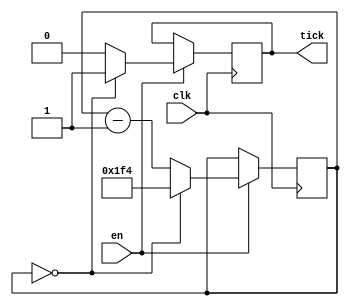
module divide2k5(en, clk, tick);
	input en, clk;
	output tick;
	parameter N2k5 = 500;
	initial tick = 0;
	reg [11:0] count;
	reg tick;
	always @ (posedge clk)
		if(en==1) begin
			if(count==1'b0) begin
				tick<=1'b1;
				count<=N2k5;
			end
			else begin
				count<=count-1'b1;
				tick<=1'b0;
			end
		end
endmodule